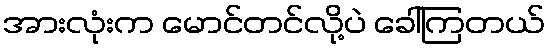
အားလုံးက မောင်တင်လို့ပဲ ခေါ်ကြတယ်